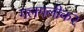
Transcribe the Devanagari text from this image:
गलगलीकर